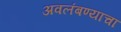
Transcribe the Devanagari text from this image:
अवलंबण्याचा